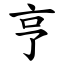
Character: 亨